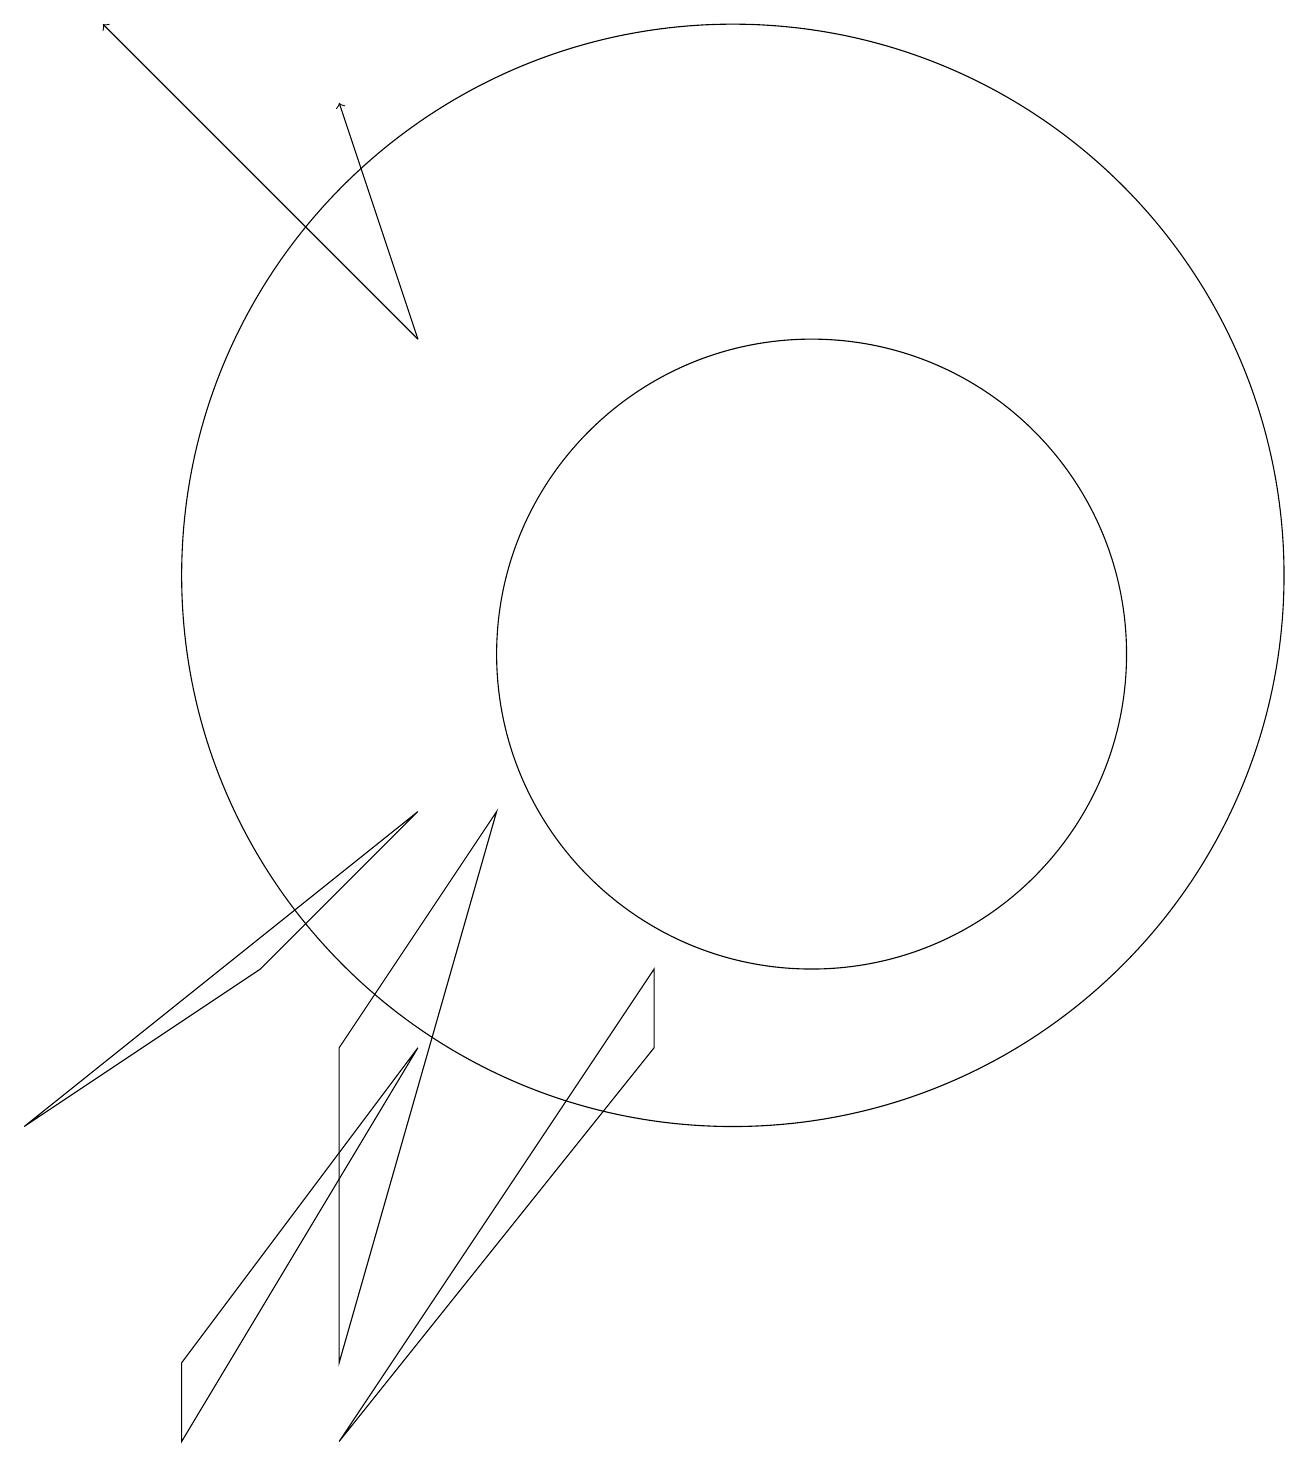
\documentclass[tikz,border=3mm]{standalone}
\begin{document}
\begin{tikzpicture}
\draw (5,2) -- (7,9) -- (5,6) -- cycle;
\draw (1,5) -- (4,7) -- (6,9) -- cycle;
\draw (3,2) -- (3,1) -- (6,6) -- cycle;
\draw[->] (6,15) -- (2,19);
\draw[->] (6,15) -- (5,18);
\draw (5,1) -- (9,6) -- (9,7) -- cycle;
\draw (11,11) circle (4);
\draw (10,12) circle (7);
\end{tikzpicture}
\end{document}